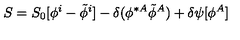
S = S _ { 0 } [ \phi ^ { i } - \tilde { \phi } ^ { i } ] - \delta ( \phi ^ { \ast A } \tilde { \phi } ^ { A } ) + \delta \psi [ \phi ^ { A } ]